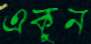
একুন